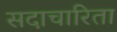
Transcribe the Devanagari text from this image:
सदाचारिता